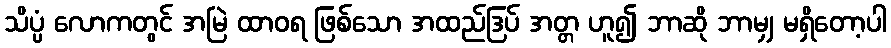
သိပ္ပံ လောကတွင် အမြဲ ထာဝရ ဖြစ်သော အထည်ဒြပ် အတ္တ ဟူ၍ ဘာဆို ဘာမျှ မရှိတော့ပါ